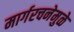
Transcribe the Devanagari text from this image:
मार्गरचनेमुळे